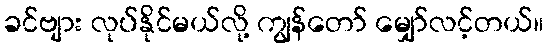
ခင်ဗျား လုပ်နိုင်မယ်လို့ ကျွန်တော် မျှော်လင့်တယ်။